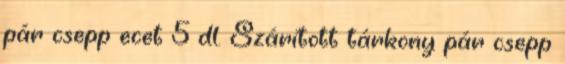
pár csepp ecet 5 dl. Szárított tárkony pár csepp